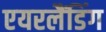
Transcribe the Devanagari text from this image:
एयरलैंडिंग